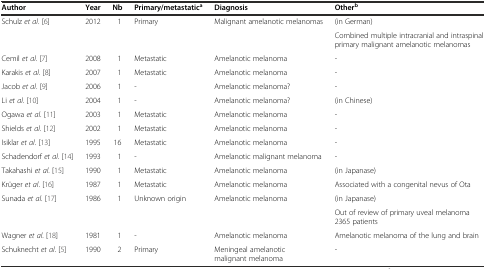
| Author | Year | Nb | Primary/metastatica | Diagnosis | Otherb |
 | --- | --- | --- | --- | --- | --- |
 | <ROWSPAN=2> Schulz et al. [6] | <ROWSPAN=2> 2012 | <ROWSPAN=2> 1 | <ROWSPAN=2> Primary | <ROWSPAN=2> Malignant amelanotic melanomas | (in German) |
 | Combined multiple intracranial and intraspinal primary malignant amelanotic melanomas |
 | Cemil et al. [7] | 2008 | 1 | Metastatic | Amelanotic melanoma | - |
 | Karakis et al. [8] | 2007 | 1 | Metastatic | Amelanotic melanoma | - |
 | Jacob et al. [9] | 2006 | 1 | - | Amelanotic melanoma? | - |
 | Li et al. [10] | 2004 | 1 | - | Amelanotic melanoma? | (in Chinese) |
 | Ogawa et al. [11] | 2003 | 1 | Metastatic | Amelanotic melanoma | - |
 | Shields et al. [12] | 2002 | 1 | Metastatic | Amelanotic melanoma | - |
 | Isiklar et al. [13] | 1995 | 16 | Metastatic | Amelanotic melanoma | - |
 | Schadendorf et al. [14] | 1993 | 1 | - | Amelanotic malignant melanoma | - |
 | Takahashi et al. [15] | 1990 | 1 | Metastatic | Amelanotic melanoma | (in Japanase) |
 | Krüger et al. [16] | 1987 | 1 | Metastatic | Amelanotic melanoma | Associated with a congenital nevus of Ota |
 | <ROWSPAN=2> Sunada et al. [17] | <ROWSPAN=2> 1986 | <ROWSPAN=2> 1 | <ROWSPAN=2> Unknown origin | <ROWSPAN=2> Amelanotic melanoma | (in Japanase) |
 | Out of review of primary uveal melanoma 2365 patients |
 | Wagner et al. [18] | 1981 | 1 | - | Amelanotic melanoma | Amelanotic melanoma of the lung and brain |
 | Schuknecht et al. [5] | 1990 | 2 | Primary | Meningeal amelanotic malignant melanoma | - |